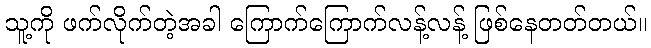
သူ့ကို ဖက်လိုက်တဲ့အခါ ကြောက်ကြောက်လန့်လန့် ဖြစ်နေတတ်တယ်။